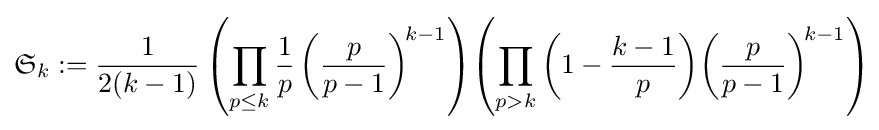
{\mathfrak {S}}_{k}:={\frac {1}{2(k-1)}}\left(\prod _{p\leq k}{\frac {1}{p}}\left({\frac {p}{p-1}}\right)^{\!k-1}\right)\!\left(\prod _{p>k}\left(1-{\frac {k-1}{p}}\right)\!\left({\frac {p}{p-1}}\right)^{\!k-1}\right)\!